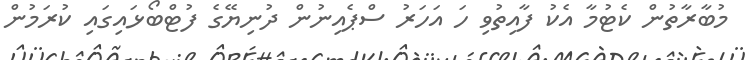
މުބާރާތުން ކެޓުމާ އެކު ފާއިތުވި ހަ އަހަރު ސްޕެއިނުން ދުނިޔޭގެ ފުޓްބޯޅައިގައި ކުރަމުން